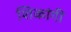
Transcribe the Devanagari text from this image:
शिकांगी